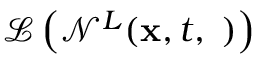
\mathcal { L } \left( \mathcal { N } ^ { L } ( { \bf x } , t , { \bf \phi } ) \right)